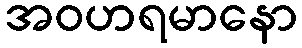
အဝဟရမာနော